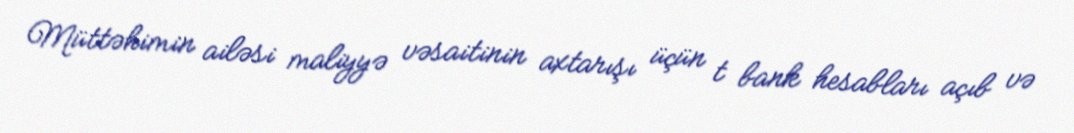
Müttəhimin ailəsi maliyyə vəsaitinin axtarışı üçün t bank hesabları açıb və